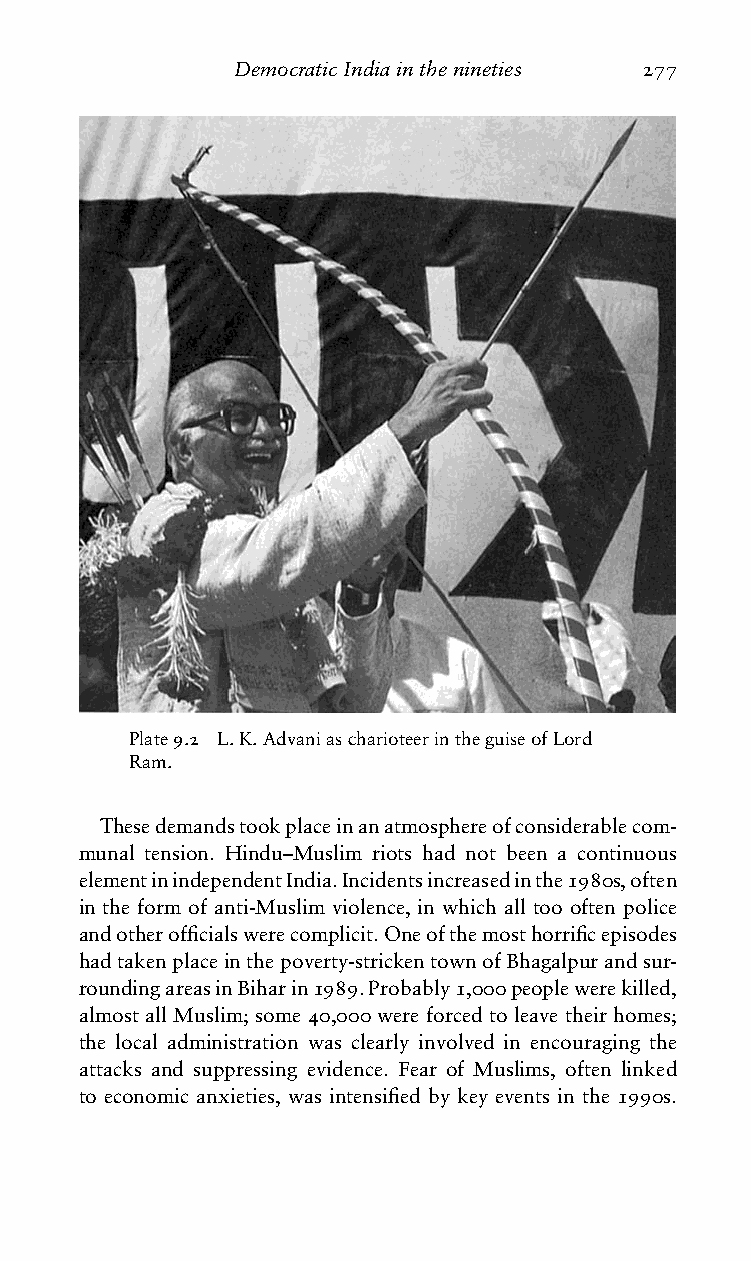
DemocraticIndiainthenineties 277
 Plate9.2 L.K.AdvaniascharioteerintheguiseofLord
 Ram.
 Thesedemandstookplaceinanatmosphereofconsiderablecom-
 munal tension. Hindu–Muslim riots had not been a continuous
 elementinindependentIndia.Incidentsincreasedinthe1980s,often
 in the form of anti-Muslim violence, in which all too often police
 andotherofficialswerecomplicit.Oneofthemosthorrificepisodes
 hadtakenplaceinthepoverty-strickentownofBhagalpurandsur-
 roundingareasinBiharin1989.Probably1,000peoplewerekilled,
 almost all Muslim; some 40,000 were forced to leave their homes;
 the local administration was clearly involved in encouraging the
 attacks and suppressing evidence. Fear of Muslims, often linked
 to economic anxieties, was intensified by key events in the 1990s.